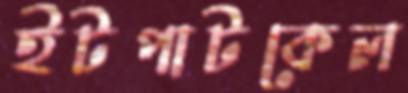
ইটপাটকেল